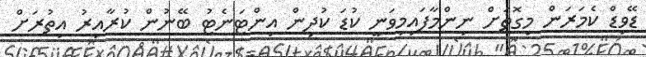
ޑޭވިޑް ކެމަރަން މިގޮތަށް ނިންމާފައިމިވަނީ ކުޑަ ކުދިން އިންޓަނެޓު ބޭނުން ކުރާއިރު އިތުރަށް